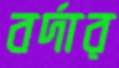
বর্দার